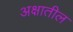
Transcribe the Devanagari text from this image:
अक्षातील